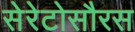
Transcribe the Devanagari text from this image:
सेरेटोसौरस